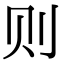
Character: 则